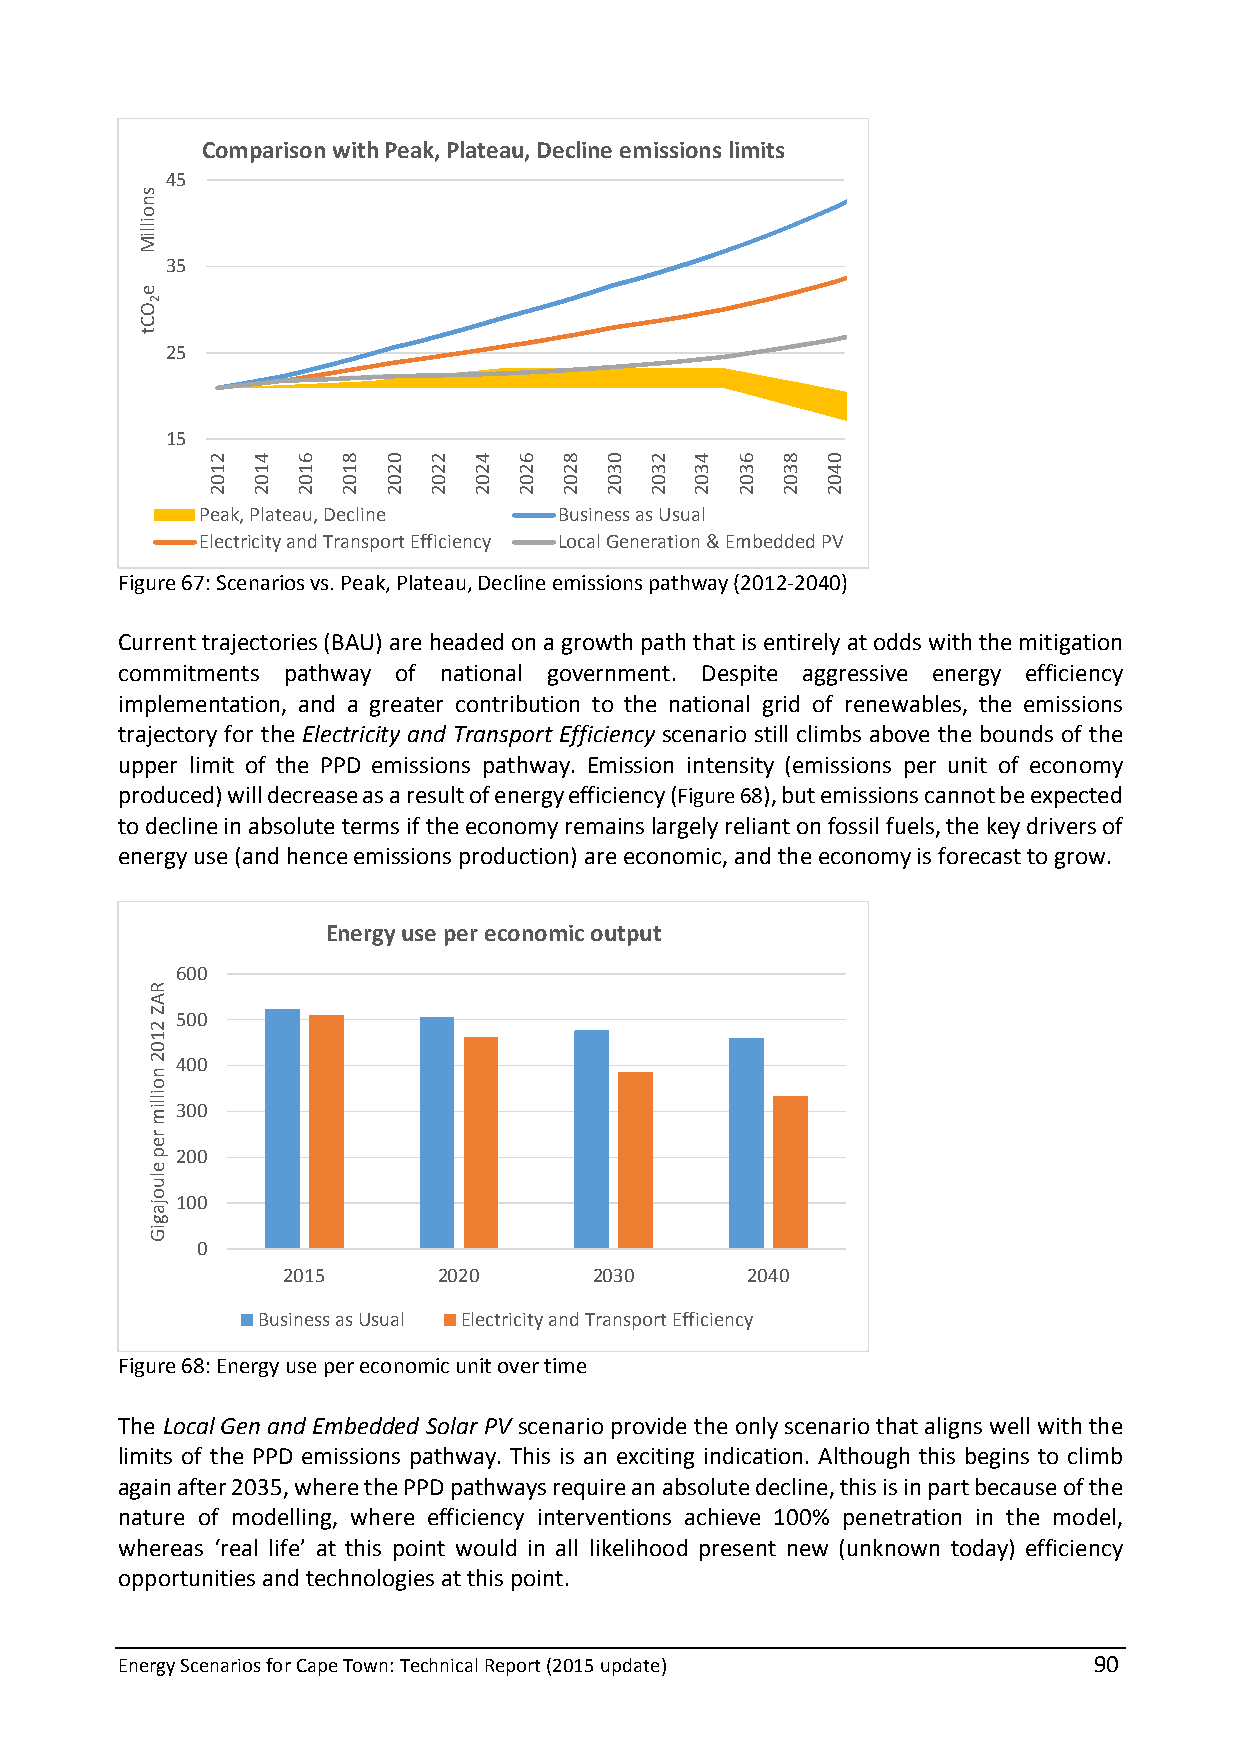
Comparison with Peak, Plateau, Decline emissions limits
 45
 35
 25
 15
 Peak, Plateau, Decline  Business as Usual
 Electricity and Transport Efficiency Local Generation & Embedded PV
 Figure 67: Scenarios vs. Peak, Plateau, Decline emissions pathway (2012-2040)
 Current trajectories (BAU) are headed on a growth path that is entirely at odds with the mitigation
 commitments pathway of national government. Despite aggressive energy efficiency
 implementation, and a greater contribution to the national grid of renewables, the emissions
 trajectory for the Electricity and Transport Efficiency scenario still climbs above the bounds of the
 upper limit of the PPD emissions pathway. Emission intensity (emissions per unit of economy
 produced) will decrease as a result of energy efficiency (Figure 68), but emissions cannot be expected
 to decline in absolute terms if the economy remains largely reliant on fossil fuels, the key drivers of
 energy use (and hence emissions production) are economic, and the economy is forecast to grow.
 Energy use per economic output
 600
 500
 400
 300
 200
 100
 0
 2015      2020      2030      2040
 Business as Usual Electricity and Transport Efficiency
 Figure 68: Energy use per economic unit over time
 The Local Gen and Embedded Solar PV scenario provide the only scenario that aligns well with the
 limits of the PPD emissions pathway. This is an exciting indication. Although this begins to climb
 again after 2035, where the PPD pathways require an absolute decline, this is in part because of the
 nature of modelling, where efficiency interventions achieve 100% penetration in the model,
 whereas ‘real life’ at this point would in all likelihood present new (unknown today) efficiency
 opportunities and technologies at this point.
 Energy Scenarios for Cape Town: Technical Report (2015 update)  90
 snoilliM
 e
 OCt
 2
 RAZ
 2102
 noillim
 rep
 eluojagiG
 2102 4102 6102 8102 0202 2202 4202 6202 8202 0302 2302 4302 6302 8302 0402